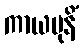
ကာယမုနိံ